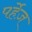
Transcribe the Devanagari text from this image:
पर्हेज़